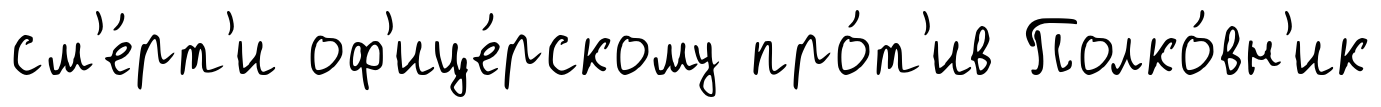
см'е́рт'и оф'ице́рскому про́т'ив Полко́вн'ик